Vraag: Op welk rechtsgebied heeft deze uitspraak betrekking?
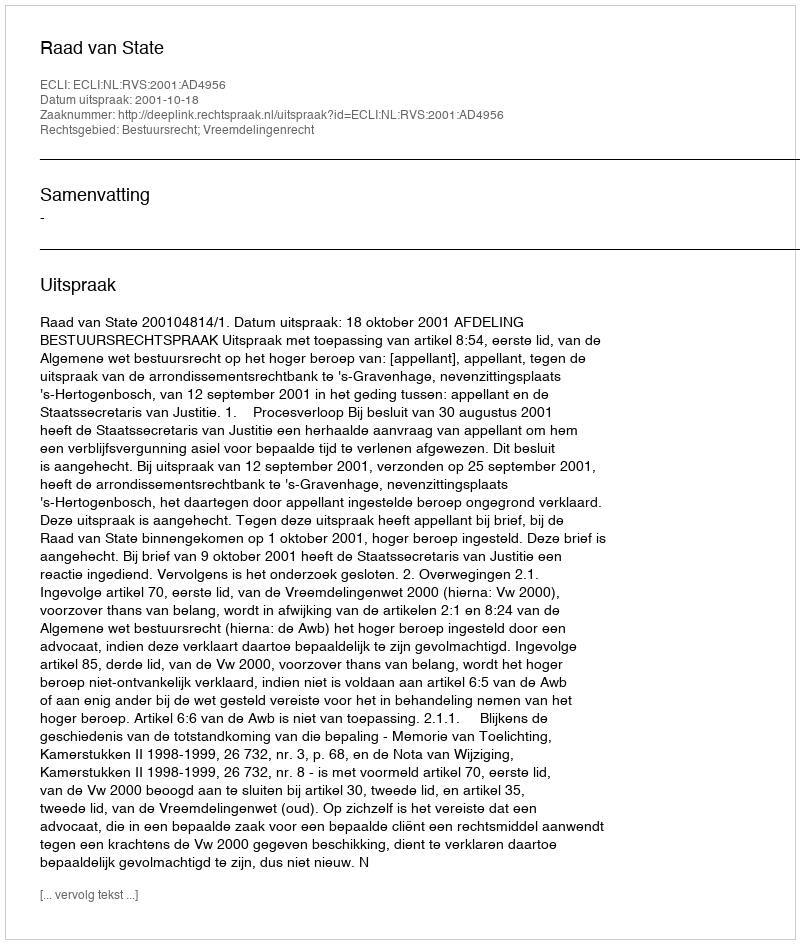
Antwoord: Bestuursrecht; Vreemdelingenrecht